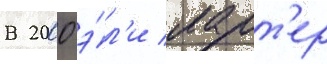
В 2000 э́л'и ларт'ер